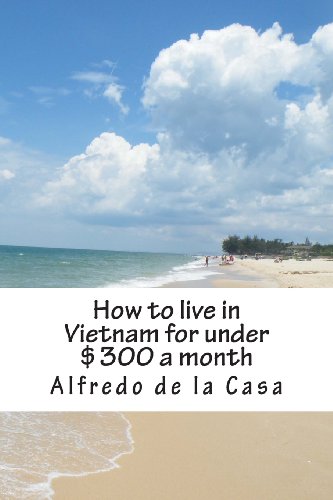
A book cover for How to live in Vietnam for under $300 a month: working 10 hours a month; Alfredo de la Casa; Travel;